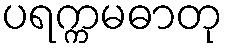
ပရက္ကမဓာတု